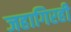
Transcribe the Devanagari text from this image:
जहागिरही